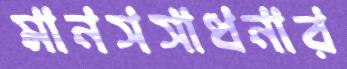
মানসসাধনার